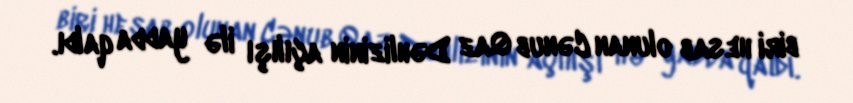
biri hesab olunan Cənub Qaz Dəhlizinin açılışı ilə yadda qaldı.